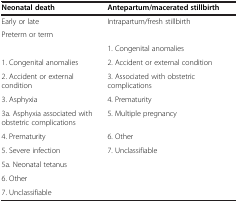
<table><thead><tr><td><b>Neonatal death</b></td><td><b>Antepartum/macerated stillbirth</b></td></tr></thead><tbody><tr><td>Early or late</td><td>Intrapartum/fresh stillbirth</td></tr><tr><td>Preterm or term</td><td> </td></tr><tr><td> </td><td>1. Congenital anomalies</td></tr><tr><td>1. Congenital anomalies</td><td>2. Accident or external condition</td></tr><tr><td>2. Accident or external condition</td><td>3. Associated with obstetric complications</td></tr><tr><td>3. Asphyxia</td><td>4. Prematurity</td></tr><tr><td>3a. Asphyxia associated with obstetric complications</td><td>5. Multiple pregnancy</td></tr><tr><td>4. Prematurity</td><td>6. Other</td></tr><tr><td>5. Severe infection</td><td>7. Unclassifiable</td></tr><tr><td>5a. Neonatal tetanus</td><td> </td></tr><tr><td>6. Other</td><td> </td></tr><tr><td>7. Unclassifiable</td><td> </td></tr></tbody></table>